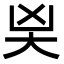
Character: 𭑄